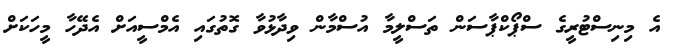
އެ މިނިސްޓުރީގެ ސްޕޯކްޕާސަން ތަސްލީމާ އުސްމާން ވިދާޅުވާ ގޮތުގައި އެމްސީއަށް އެދޭހާ މީހަކަށް